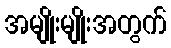
အမျိုးမျိုးအတွက်